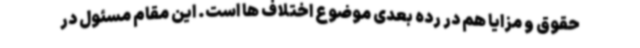
حقوق و مزایا هم در رده بعدی موضوع اختلاف ها است. این مقام مسئول در